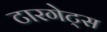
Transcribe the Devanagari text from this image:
टारगेट्स